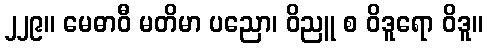
၂၂၉။ မေဓာဝီ မတိမာ ပညော၊ ဝိညူ စ ဝိဒူရော ဝိဒူ။